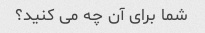
شما برای آن چه می کنید؟